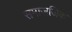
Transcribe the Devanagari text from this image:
समाजजिक